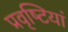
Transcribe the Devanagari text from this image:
प्रवृष्‍टियां